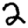
Digit: 2